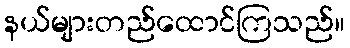
နယ်များတည်ထောင်ကြသည်။